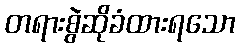
တရားစွဲဆိုခံထားရသော